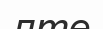
лте